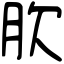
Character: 肷